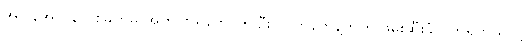
အပြန်အလှန် ပစ်ခတ်မှု အတွင်း ရဲဘော် ၅ ဦး လက်နက်နဲ့တကွ ဖမ်းဆီးခံလိုက်ရတယ်လို့